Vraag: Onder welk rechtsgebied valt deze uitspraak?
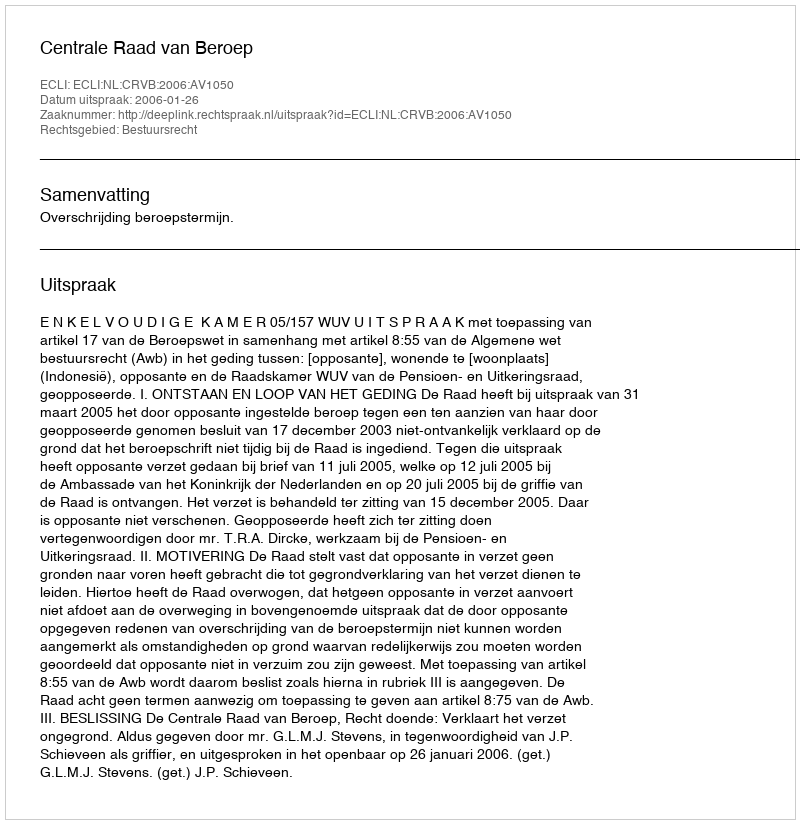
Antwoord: Bestuursrecht